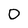
Character: 0